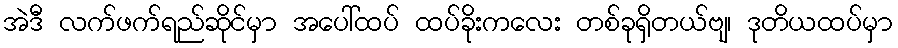
အဲဒီ လက်ဖက်ရည်ဆိုင်မှာ အပေါ်ထပ် ထပ်ခိုးကလေး တစ်ခုရှိတယ်ဗျ၊ ဒုတိယထပ်မှာ